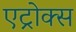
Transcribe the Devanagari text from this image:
एट्रोक्स